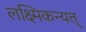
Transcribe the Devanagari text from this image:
लक्ष्मिकन्यत्